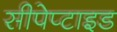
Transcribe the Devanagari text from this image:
सीपेप्टाइड